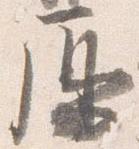
鳫